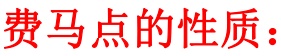
费马点的性质：